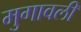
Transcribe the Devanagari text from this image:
मुगावली